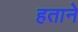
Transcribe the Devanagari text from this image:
हताने